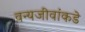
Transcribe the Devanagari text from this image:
वन्यजीवांकडे